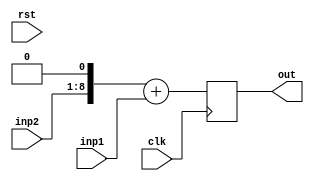
`timescale 1ns / 1ps
//////////////////////////////////////////////////////////////////////////////////
// Company: 
// Engineer: 
// 
// Design Name: 
// Module Name: Shift_adder
// Project Name: 
// Target Devices: 
// Tool Versions: 
// Description: 
// 
// Dependencies: 
// 
// Revision:
// Revision 0.01 - File Created
// Additional Comments:
// 
//////////////////////////////////////////////////////////////////////////////////


module Shift_adder(clk, rst, inp1, inp2, out
    );
    input [7:0] inp1;
    input [7:0] inp2;
    output reg [8:0] out;
    
    input clk;
    input rst;
    
    always @(posedge clk)
    begin
    out={inp2, 1'b0} + inp1; 
    
    end
    
    
    
endmodule